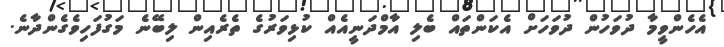
އެހެންވީމާ ދުވަހުން ދުވަހަށް އެކަންތައް ބެލި އާމްދަނީއެއް ކުޅިވަރުގެ ތެރެއިން ލިބޭނެ މަގުފަހިވެގެންދާނެ.